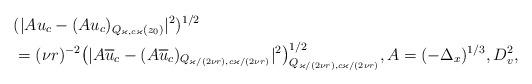
LaTeX: \begin{align*} &(|A u_c - (A u_c)_{ Q_{ \varkappa, c \varkappa} (z_0)}|^2)^{1/2}\\&= (\nu r)^{-2}\big(|A \overline{ u}_{c} - (A \overline{ u}_{c})_{ Q_{\varkappa/(2\nu r), c \varkappa/(2\nu r)} }|^2\big)^{1/2}_{ Q_{\varkappa/(2\nu r), c \varkappa/(2\nu r)} }, A = (-\Delta_x)^{1/3}, D^2_v,\end{align*}